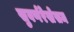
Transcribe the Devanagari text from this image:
सुवर्णरेखेसम